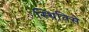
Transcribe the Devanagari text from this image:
स्थितिसे